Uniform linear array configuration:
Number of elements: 64
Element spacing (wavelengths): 1
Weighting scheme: binomial
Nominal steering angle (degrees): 45
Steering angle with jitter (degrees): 43.515
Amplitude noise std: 0.05
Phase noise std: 0.05

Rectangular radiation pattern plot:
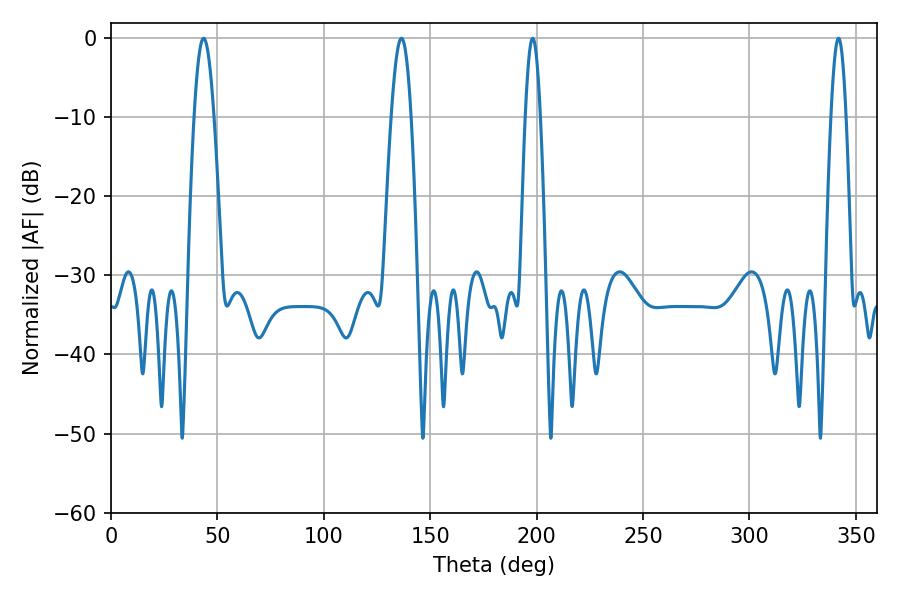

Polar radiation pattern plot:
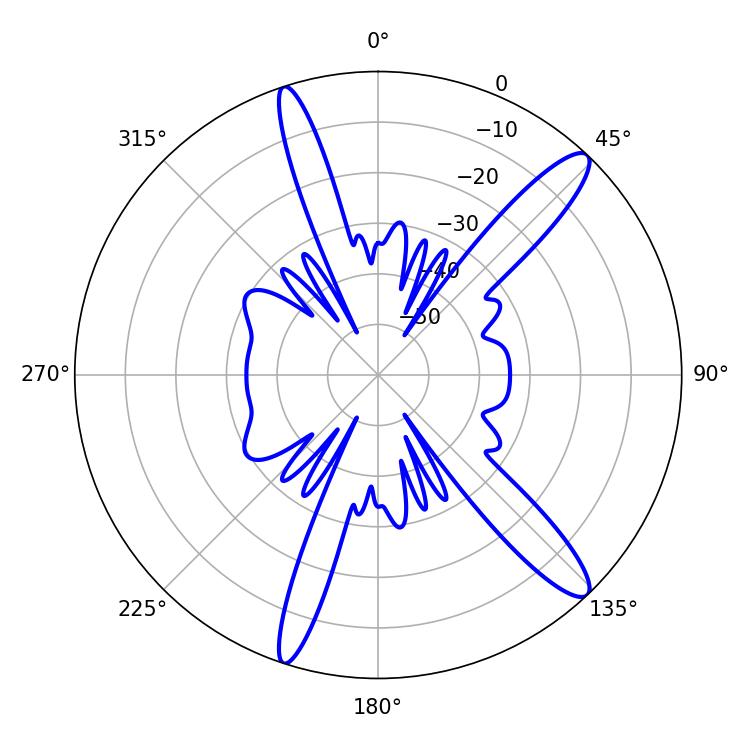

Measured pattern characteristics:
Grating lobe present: TRUE
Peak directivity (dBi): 13.625
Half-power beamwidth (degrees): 5.04
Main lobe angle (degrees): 136.44